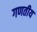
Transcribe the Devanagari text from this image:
गणतीय